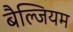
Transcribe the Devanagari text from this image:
बैल्जियम